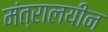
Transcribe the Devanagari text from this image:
मंत्रालयीन